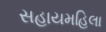
સહાયમહિલા